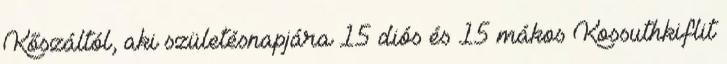
Kőszáltól, aki születésnapjára 15 diós és 15 mákos Kossuthkiflit